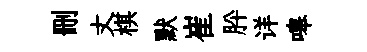
删丈棋默崔肸详嗥